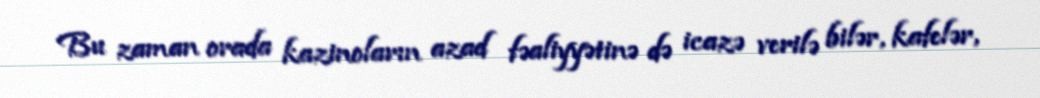
Bu zaman orada kazinoların azad fəaliyyətinə də icazə verilə bilər, kafelər,